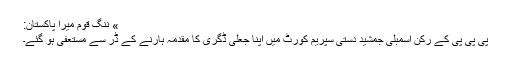
» ننگِ قوم میرا پاکستان:
پی پی پی کے رکن اسمبلی جمشید دستی سپریم کورٹ میں اپنا جعلی ڈگری کا مقدمہ ہارنے کے ڈر سے مستعفی ہو گئے۔